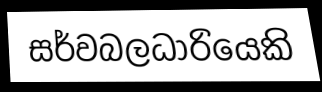
සර්වබලධාරියෙකි